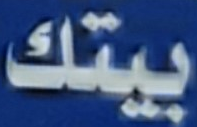
بيتك